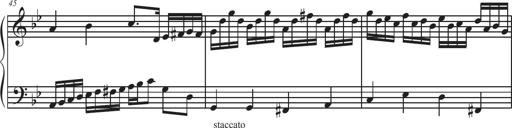
Title: Sonatina Espania
Composer: Jerald Franklin Archer
Key: Various